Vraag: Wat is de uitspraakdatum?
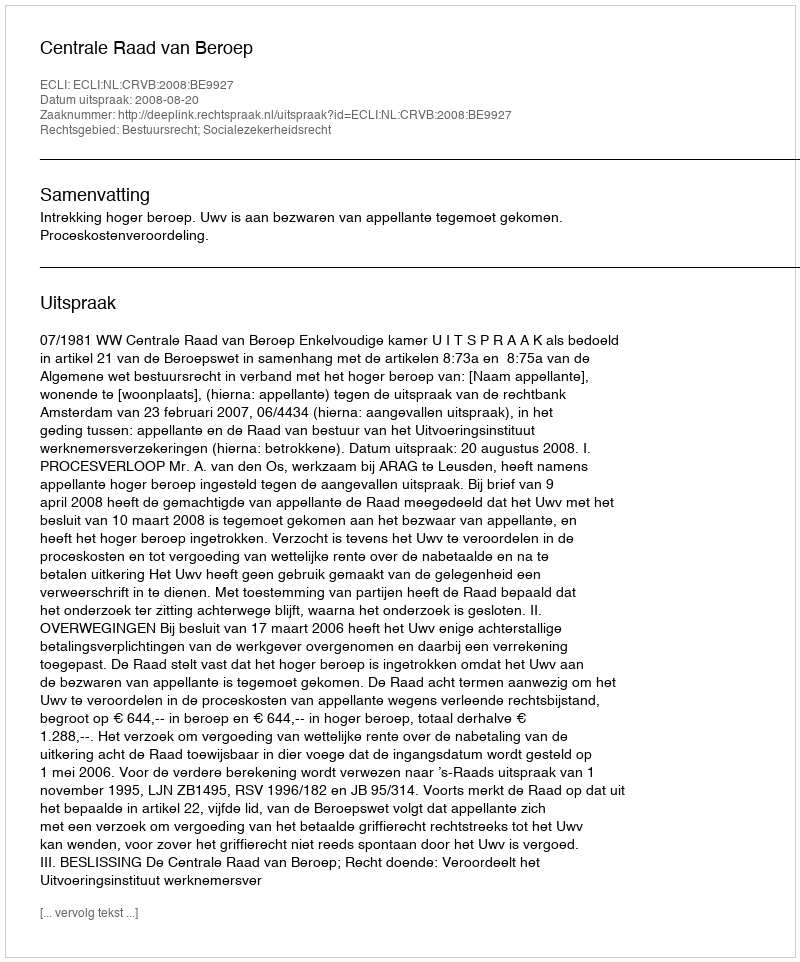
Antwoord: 2008-08-20